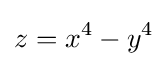
z=x^{4}-y^{4}